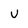
Character: V